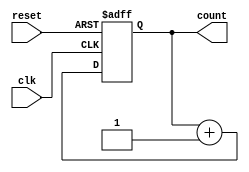
//design
module upcounter(input reset,clk,output reg [3:0] count);
  always@(posedge clk or posedge reset)//4-bit UP-COUNTER
    begin
      if(reset)
        begin
        	count<=4'b0000;
        end
      else
        count<=count+4'b0001;
    end
endmodule